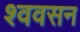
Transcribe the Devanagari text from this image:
श्ववसन